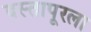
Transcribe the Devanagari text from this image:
दस्तापूरला